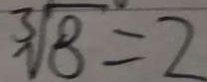
\sqrt [ 3 ] { 8 } = 2